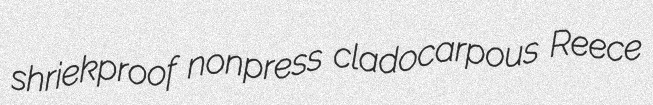
shriekproof nonpress cladocarpous Reece